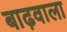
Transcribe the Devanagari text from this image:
बाढ़वाला